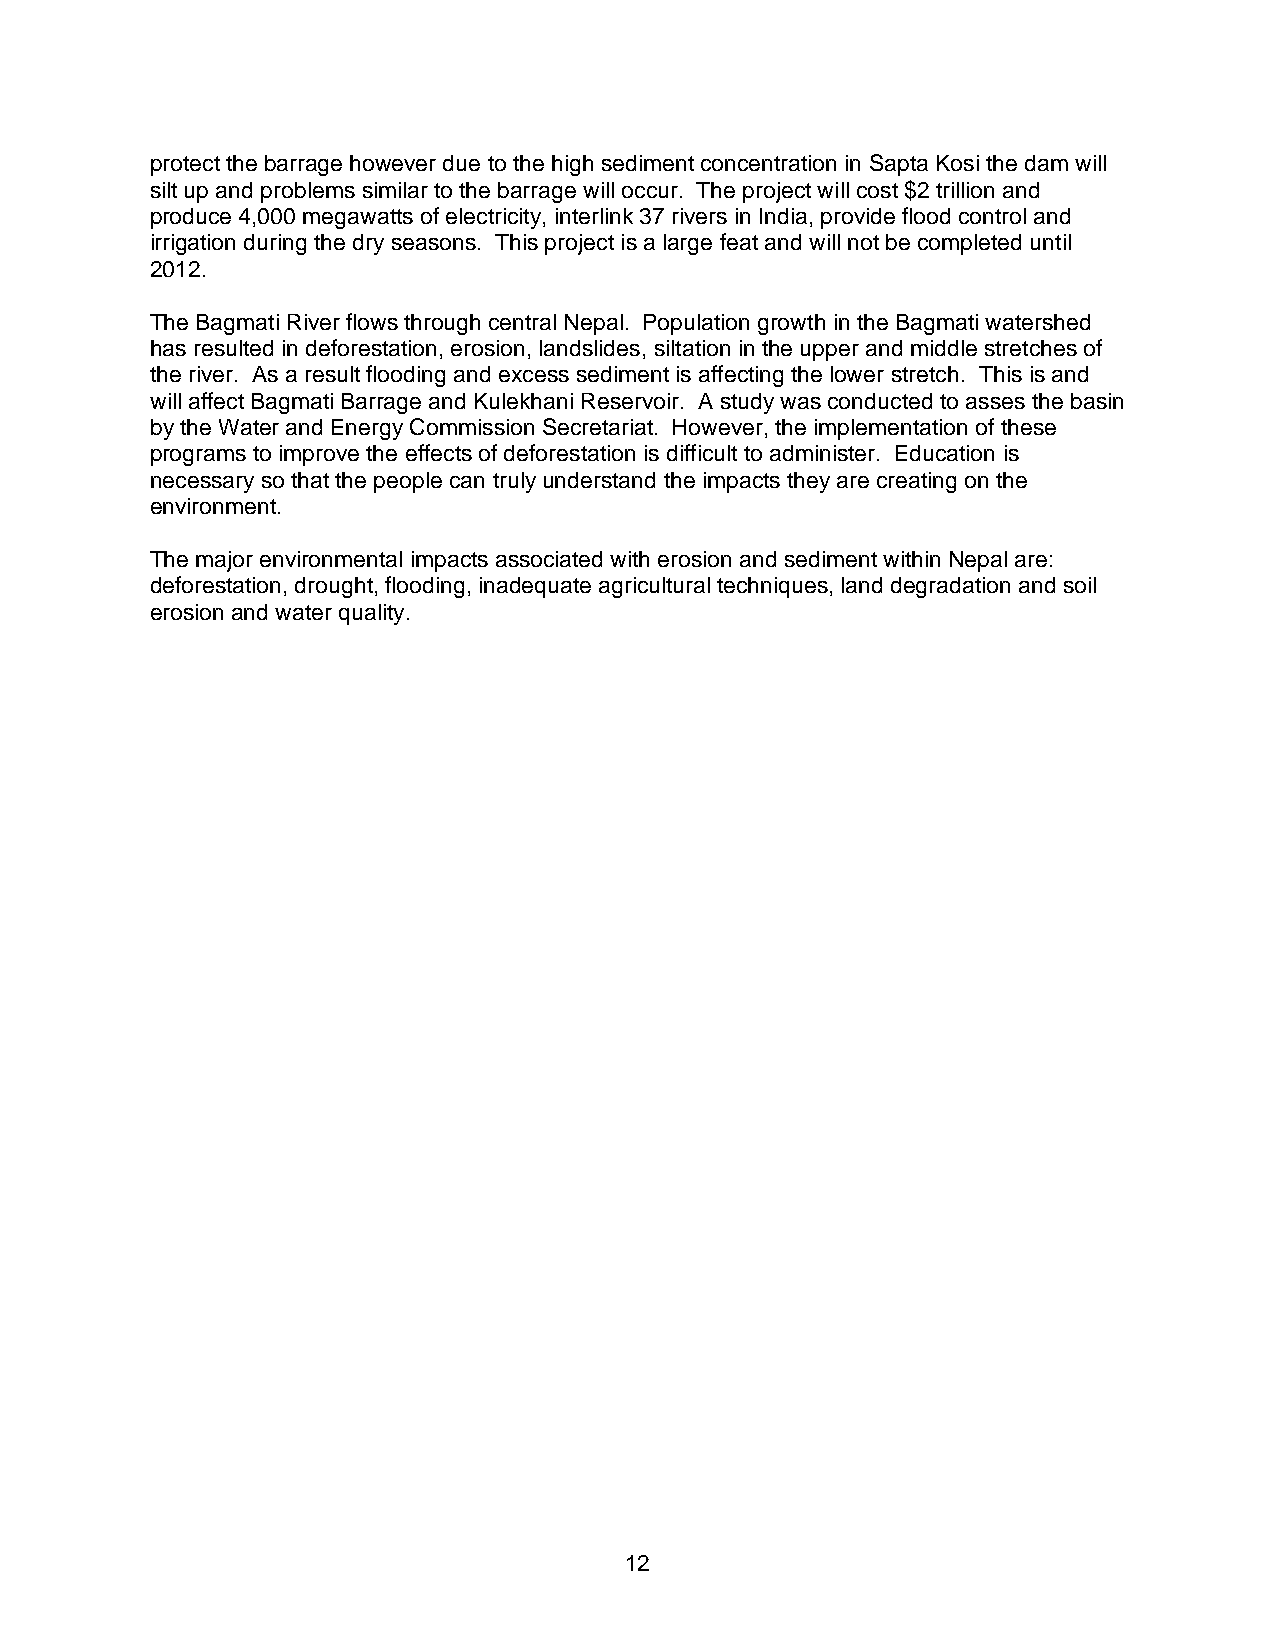
protect the barrage however due to the high sediment concentration in Sapta Kosi the dam will
 silt up and problems similar to the barrage will occur. The project will cost $2 trillion and
 produce 4,000 megawatts of electricity, interlink 37 rivers in India, provide flood control and
 irrigation during the dry seasons. This project is a large feat and will not be completed until
 2012.
 The Bagmati River flows through central Nepal. Population growth in the Bagmati watershed
 has resulted in deforestation, erosion, landslides, siltation in the upper and middle stretches of
 the river. As a result flooding and excess sediment is affecting the lower stretch. This is and
 will affect Bagmati Barrage and Kulekhani Reservoir. A study was conducted to asses the basin
 by the Water and Energy Commission Secretariat. However, the implementation of these
 programs to improve the effects of deforestation is difficult to administer. Education is
 necessary so that the people can truly understand the impacts they are creating on the
 environment.
 The major environmental impacts associated with erosion and sediment within Nepal are:
 deforestation, drought, flooding, inadequate agricultural techniques, land degradation and soil
 erosion and water quality.
 12